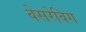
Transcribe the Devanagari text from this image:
वेसरेविग